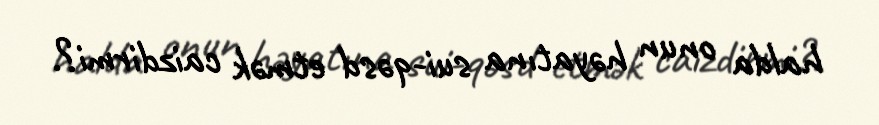
halda onun həyatına sui-qəsd etmək caizdirmi?.